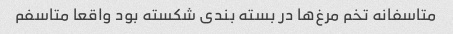
متاسفانه تخم مرغ‌ها در بسته بندی شکسته بود واقعا متاسفم